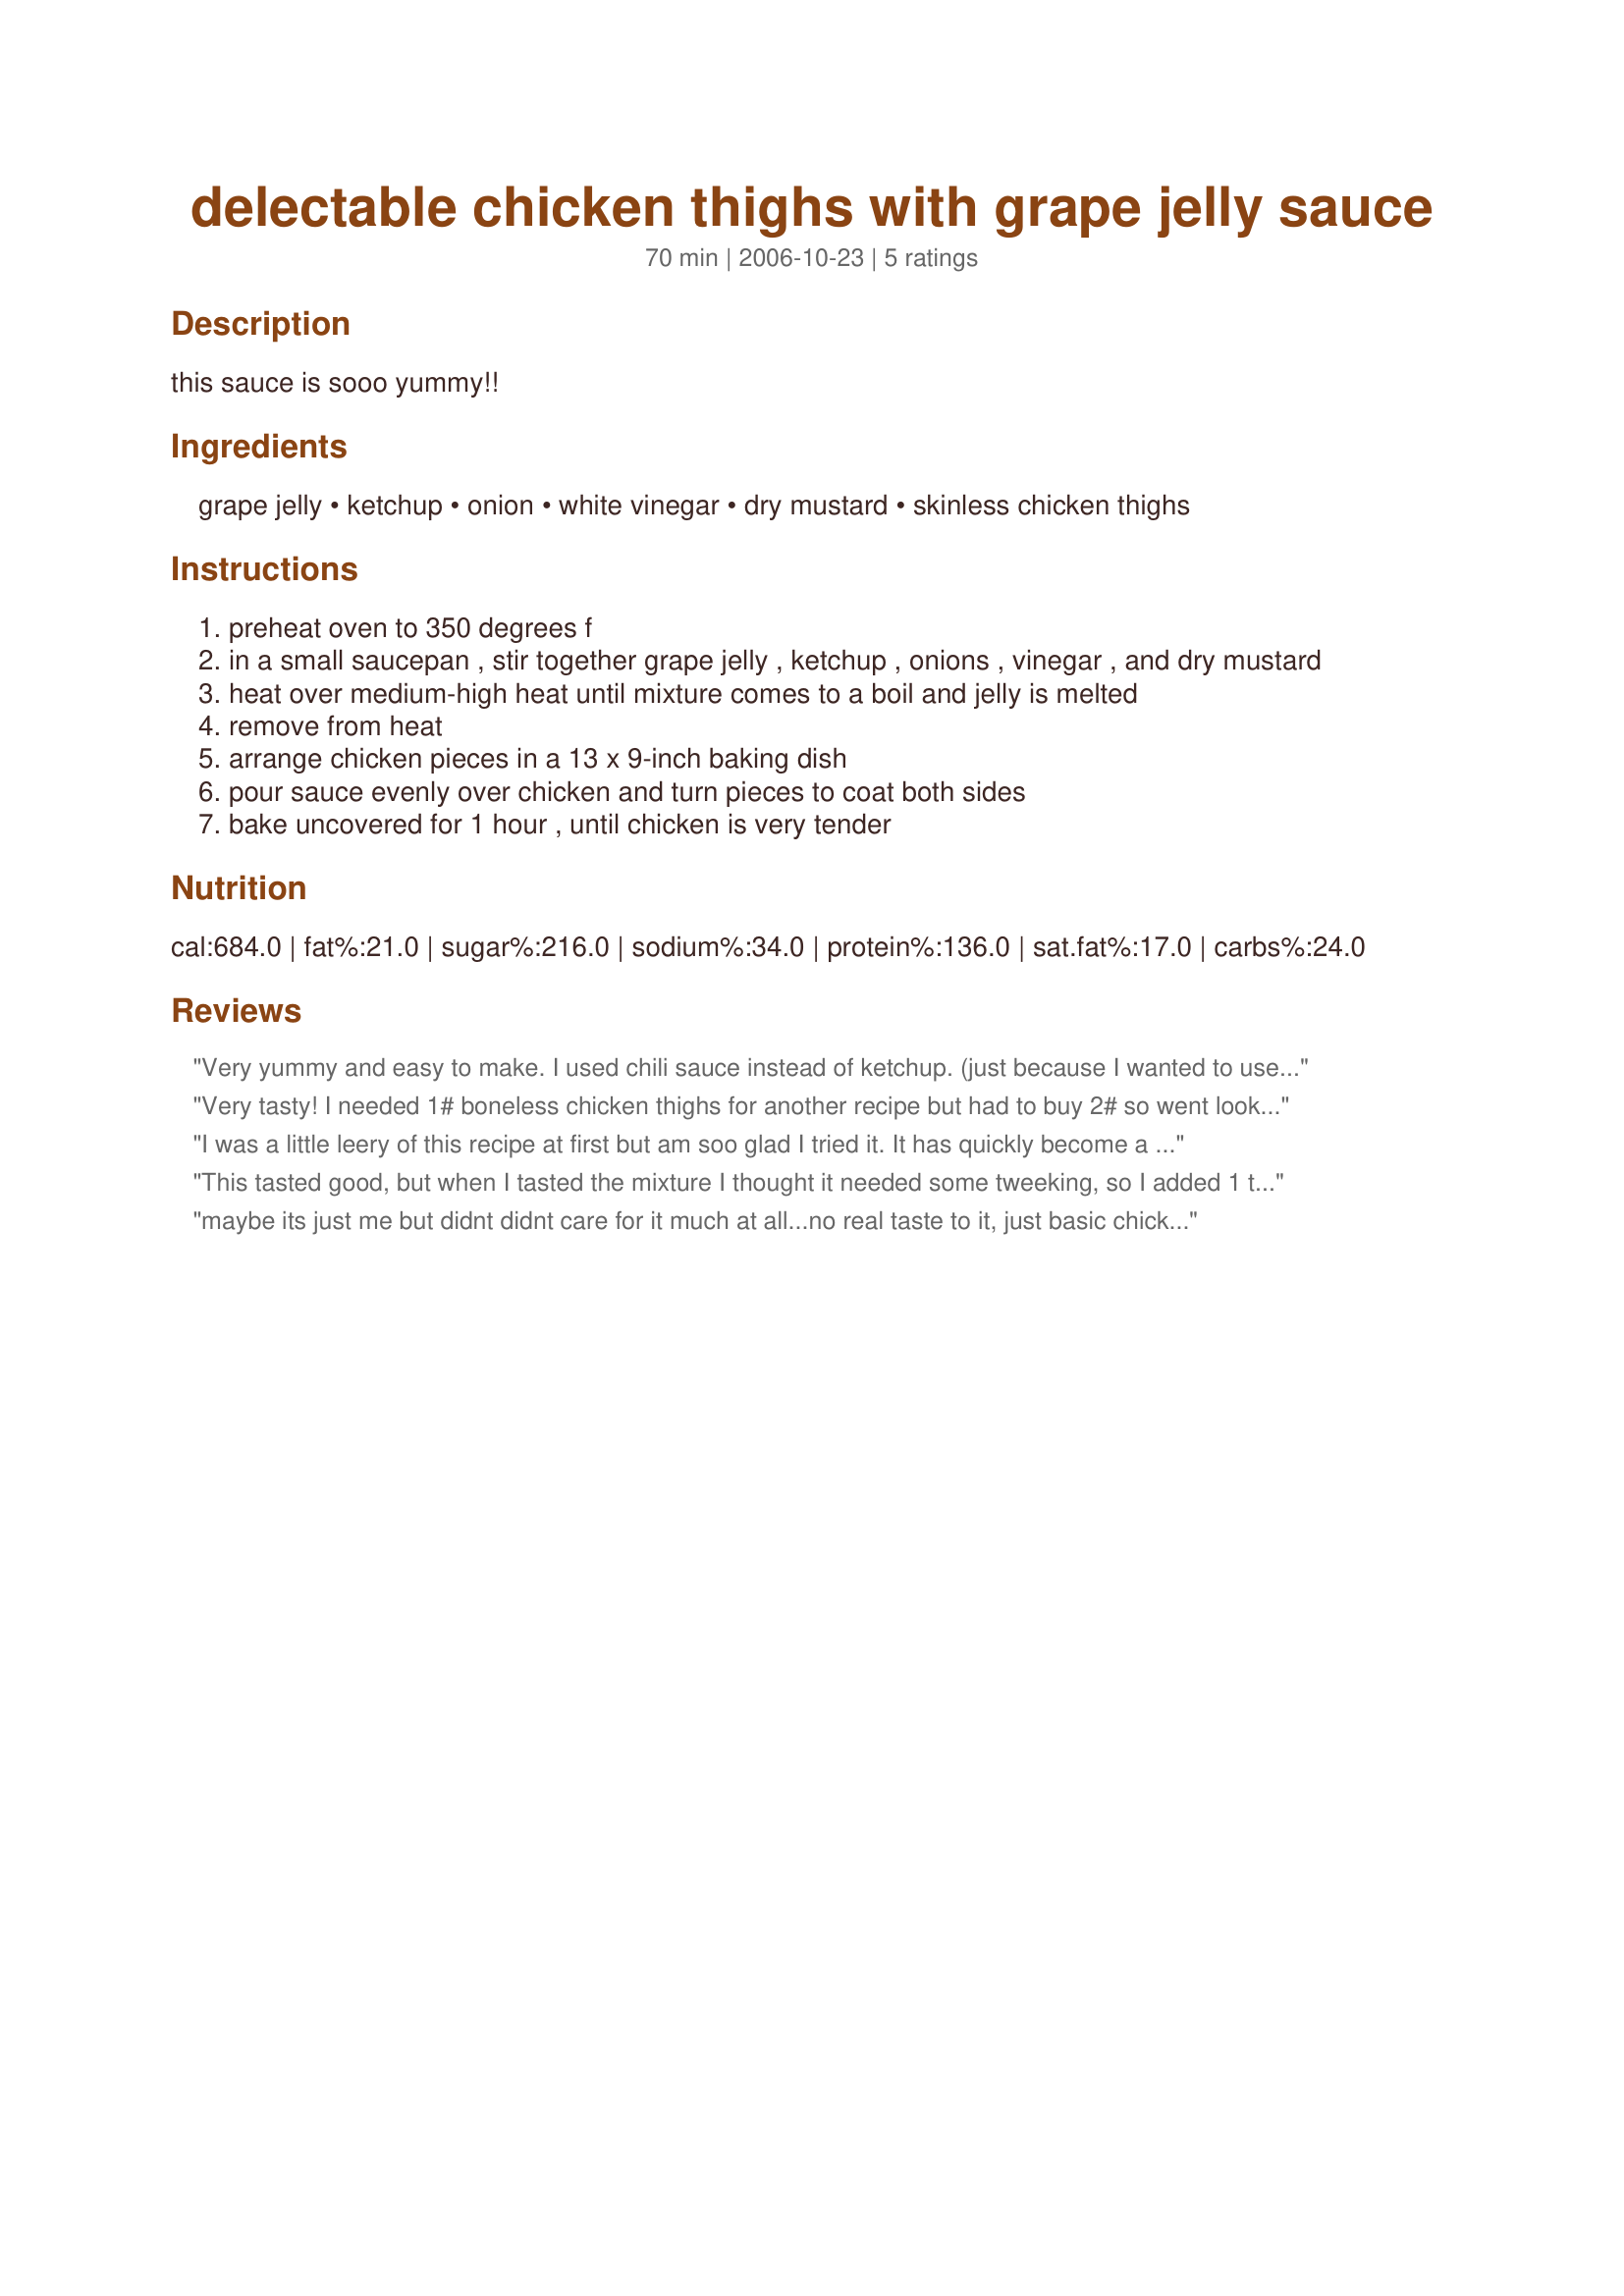
delectable chicken thighs with grape jelly sauce
Preparation time: 70 minutes

this sauce is sooo yummy!!

Ingredients:
grape jelly, ketchup, onion, white vinegar, dry mustard, skinless chicken thighs

Steps:
preheat oven to 350 degrees f
in a small saucepan , stir together grape jelly , ketchup , onions , vinegar , and dry mustard
heat over medium-high heat until mixture comes to a boil and jelly is melted
remove from heat
arrange chicken pieces in a 13 x 9-inch baking dish
pour sauce evenly over chicken and turn pieces to coat both sides
bake uncovered for 1 hour , until chicken is very tender

Reviews:
Very yummy and easy to make. I used chili sauce instead of ketchup. (just because I wanted to use it up) The sauce from the chicken was good over our noodles. I would make this again.
Very tasty! I needed 1# boneless chicken thighs for another recipe but had to buy 2# so went looking for something different to do with the other half (which was 4 thighs) when I found this. I cut the recipe to 1/3 and had 2 servings. I like the idea another reviewer had of chili sauce instead of ketchup so might try that next time. Thanks for sharing Olha!
I was a little leery of this recipe at first but am soo glad I tried it. It has quickly become a family favorite, not only for my family but for my sisters family as well. It is the #1 request when I have chicken thighs to use. I have added it to my recipe box. Thanks for the wonderful recipe!
This tasted good, but when I tasted the mixture I thought it needed some tweeking, so I added 1 t pepper, 1 t seasoning salt and 1 t ginger. I found that the mustard was a little much with the 2 T white vinegar, so I added 1 T brown sugar to sweeten it up a bit. I'm looking forward to making this again with various jams and jellies that are available. This is a nice recipe! Thank you for posting! :)
maybe its just me but didnt didnt care for it much at all...no real taste to it, just basic chicken...just wasnt tasty of flavorful...pass
